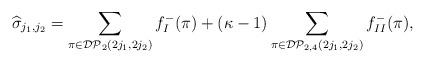
LaTeX: \begin{align*}\widehat{\sigma}_{j_1,j_2}= \sum_{\pi \in \mathcal{DP}_2(2j_1,2j_2)} f_I^-(\pi) + (\kappa-1) \sum_{\pi \in \mathcal{DP}_{2,4}(2j_1,2j_2)} f_{II}^-(\pi),\end{align*}